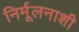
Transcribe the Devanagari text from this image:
निर्मूलनाशी